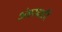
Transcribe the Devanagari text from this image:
अंबरवाडी